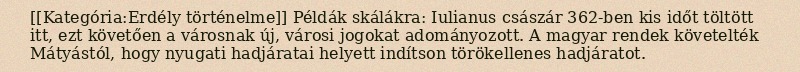
[[Kategória:Erdély történelme]] Példák skálákra: Iulianus császár 362-ben kis időt töltött itt, ezt követően a városnak új, városi jogokat adományozott. A magyar rendek követelték Mátyástól, hogy nyugati hadjáratai helyett indítson törökellenes hadjáratot.